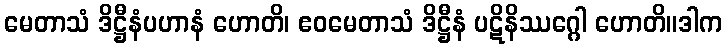
မေတာသံ ဒိဋ္ဌီနံပဟာနံ ဟောတိ၊ ဧဝမေတာသံ ဒိဋ္ဌီနံ ပဋိနိဿဂ္ဂေါ ဟောတိ။ဒါက